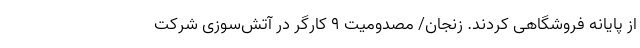
از پایانه فروشگاهی کردند. زنجان/ مصدومیت ۹ کارگر در آتش‌سوزی شرکت